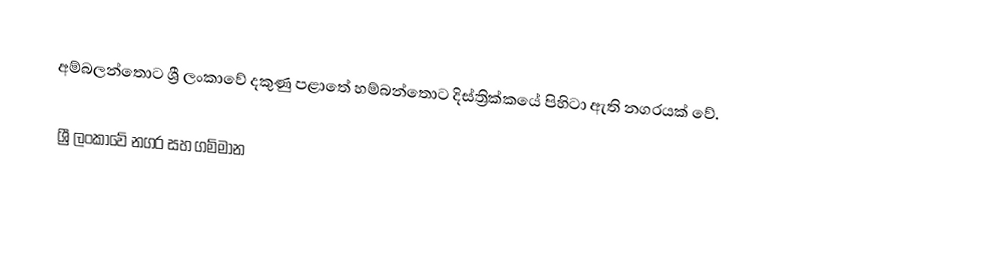
අම්බලන්තොට ශ්‍රී ලංකාවේ දකුණු පළාතේ හම්බන්තොට දිස්ත්‍රික්කයේ පිහිටා ඇති නගරයක් වේ.

ශ්‍රී ලංකාවේ නගර සහ ගම්මාන